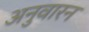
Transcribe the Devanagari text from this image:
अनुवारन